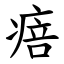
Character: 㾦